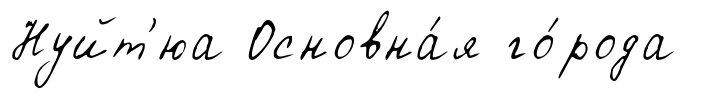
Нуйт'юа Основна́я го́рода